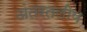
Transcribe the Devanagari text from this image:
अंतरतलीय